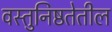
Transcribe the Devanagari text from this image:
वस्तुनिष्ठतेतील